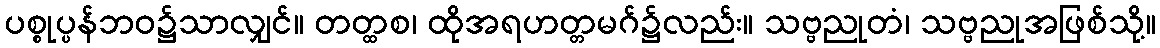
ပစ္စုပ္ပန်ဘဝ၌သာလျှင်။ တတ္ထစ၊ ထိုအရဟတ္တမဂ်၌လည်း။ သဗ္ဗညုတံ၊ သဗ္ဗညုအဖြစ်သို့။